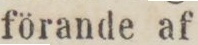
förande af